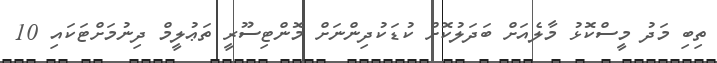
ތިބި މަދު މީސްކޮޅު މާލެއަށް ބަދަލުކޮށް ކުޑަކުދިންނަށް މޮންޓިސޫރީ ތަޢުލީމް ދިނުމަށްޓަކައި 10